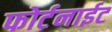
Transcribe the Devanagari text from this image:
फोर्टनाईट